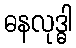
ဓနလုဒ္ဓါ